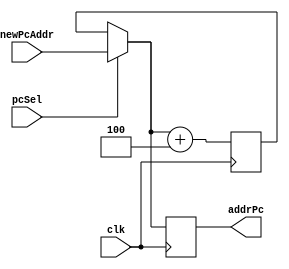
module PC(
    input wire clk,pcSel,
    input wire[31:0] newPcAddr,
    output reg[31:0]  addrPc
    );
    
reg[31:0] data=32'd0;

initial begin
    addrPc=-4;
end

always @(posedge clk) begin
    if(pcSel)begin
        data=newPcAddr;
        addrPc=data;
        end
    else begin
        addrPc=data;
    end
    data=data+4;
end
endmodule